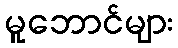
မူဘောင်များ